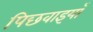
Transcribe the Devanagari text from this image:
पिछवाइयाँ